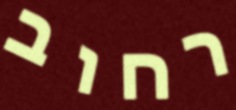
רחוב